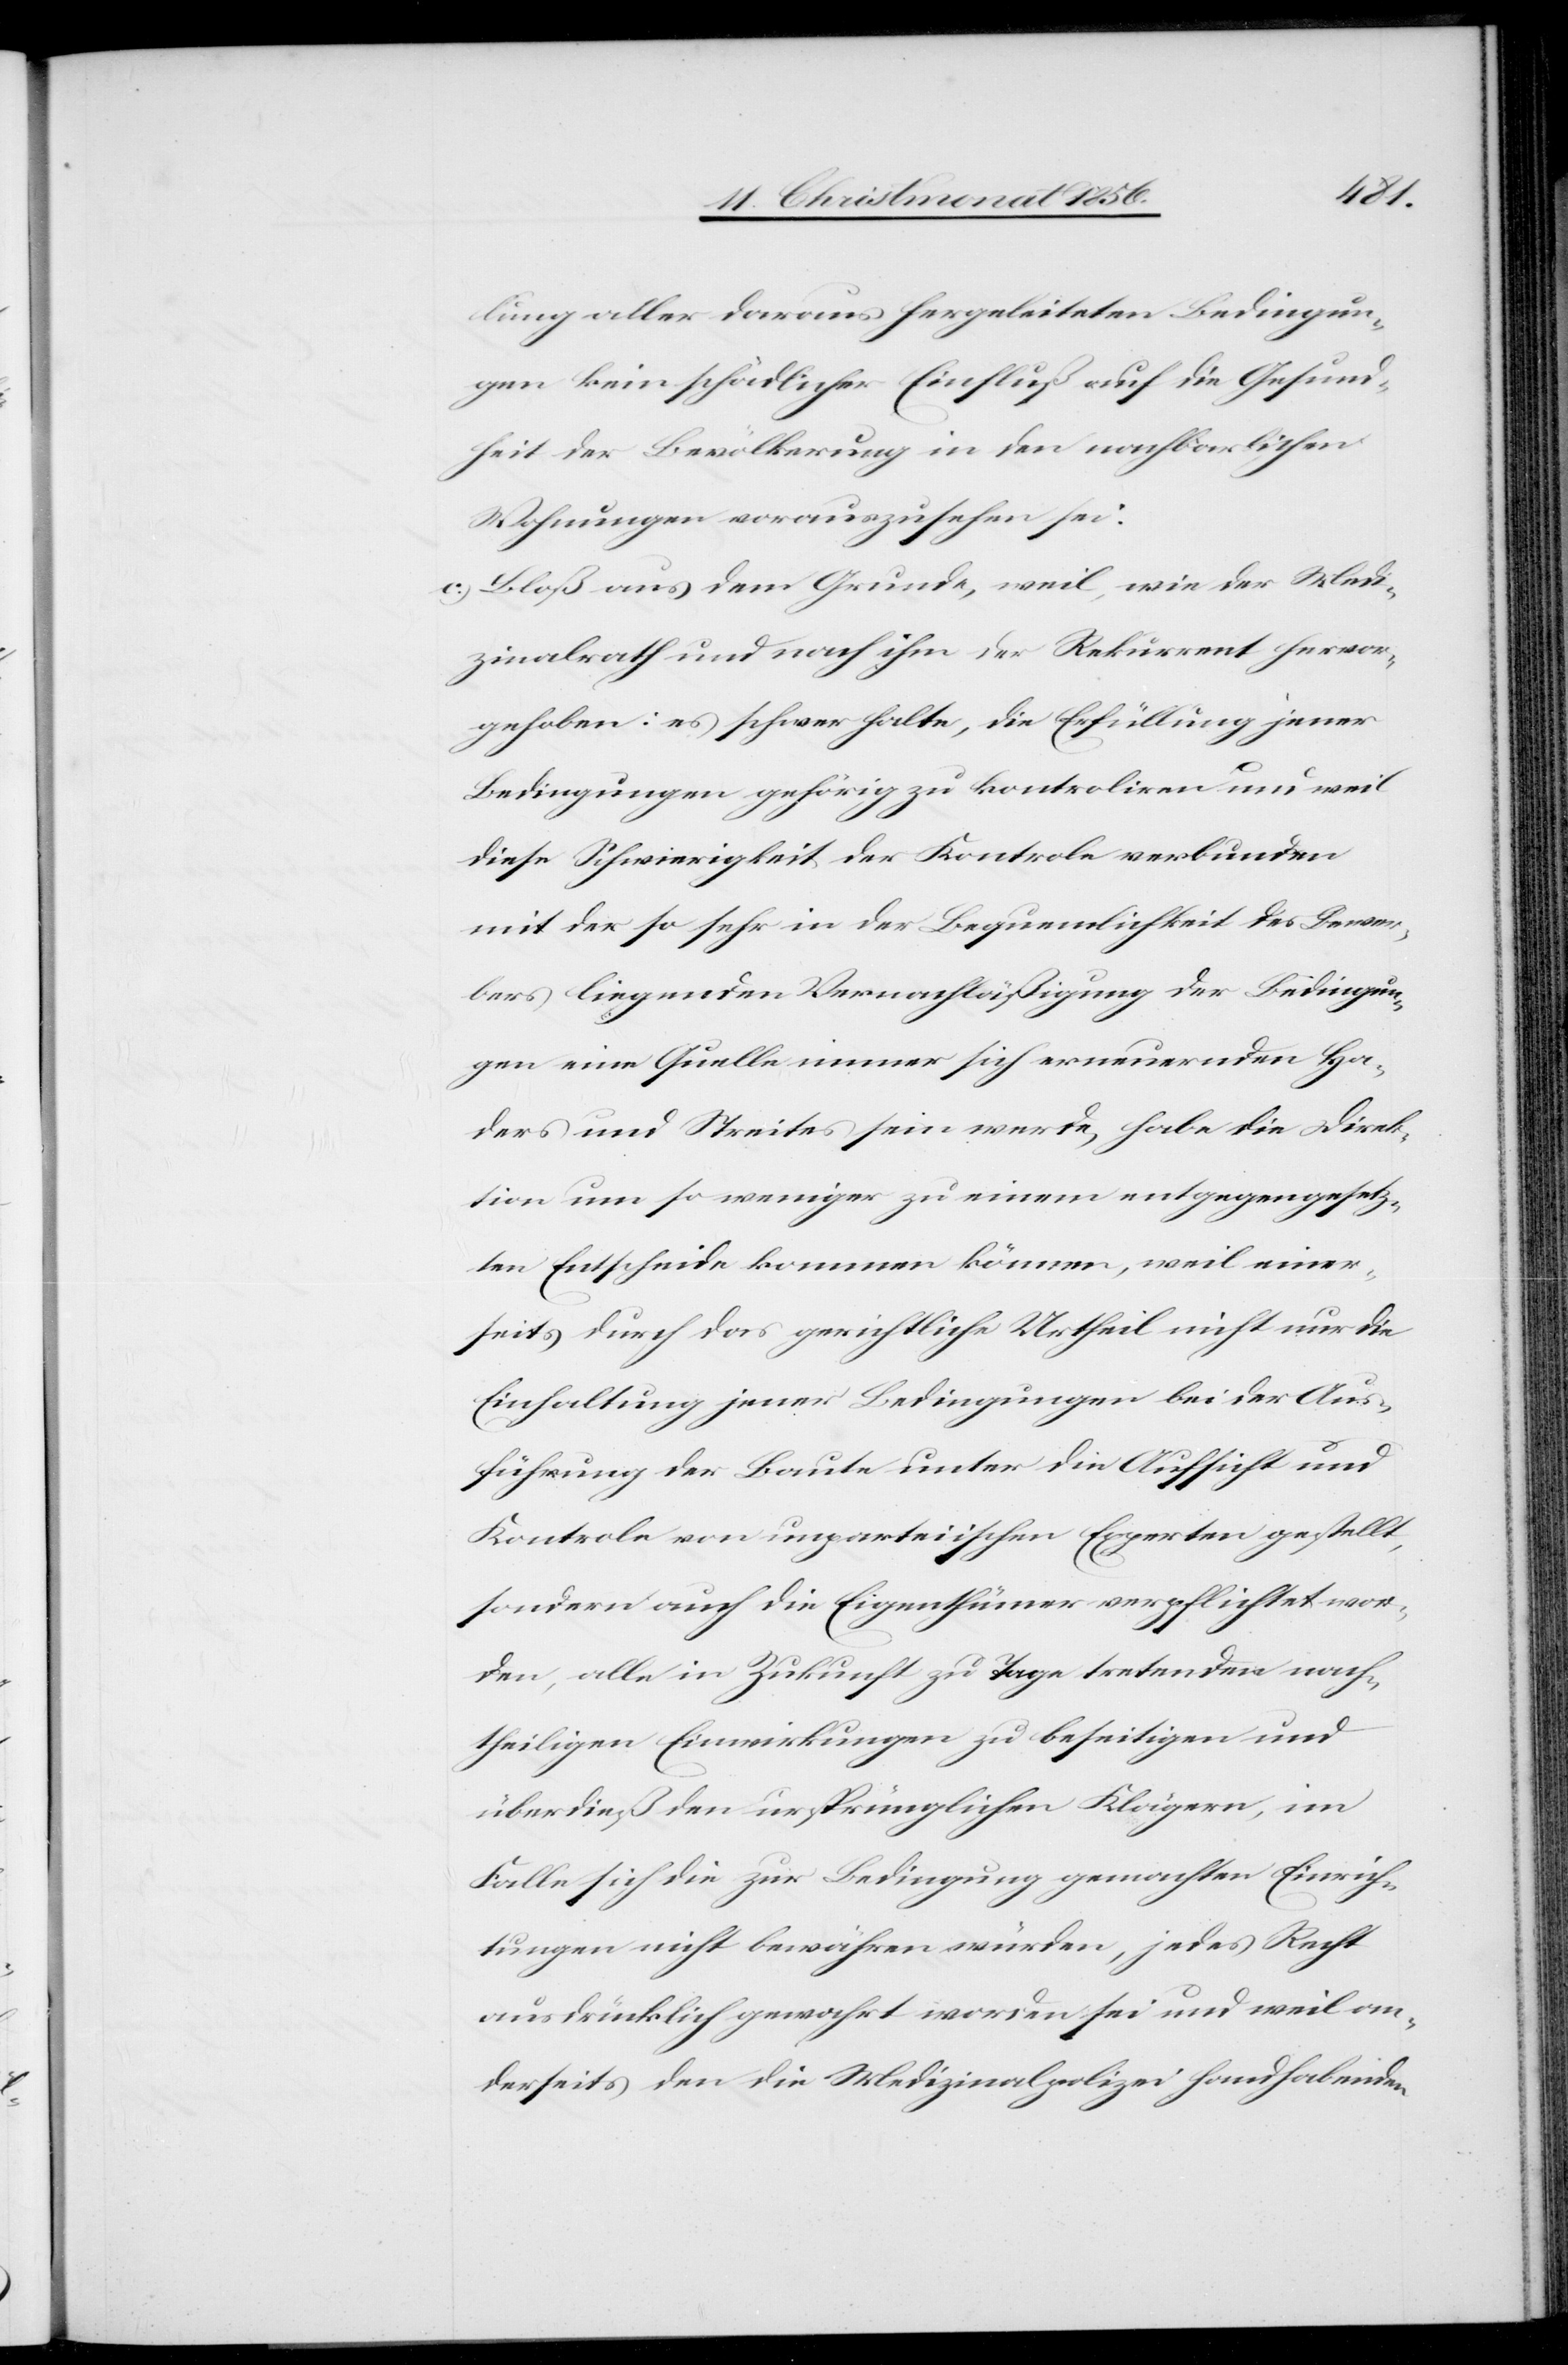
lung aller daraus hergeleiteten Bedingun¬
gen kein schädlicher Einfluß auf die Gesund¬
heit der Bevölkerung in den nachbarlichen
Wohnungen vorauszusehen sei.
c.) Bloß aus dem Grunde, weil, wie der Medi¬
zinalrath und nach ihm der Rekurrent hervor¬
gehoben: es schwer halte, die Erfüllung jener
Bedingungen gehörig zu kontroliren und weil
diese Schwierigkeit der Kontrole verbunden
mit der so sehr in der Bequemlichkeit des Bewer¬
bers liegenden Vernachläßigung der Bedingun¬
gen eine Quelle immer sich erneuernden Ha¬
ders und Streites sein werde, habe die Direk¬
tion um so weniger zu einem entgegengesetz¬
ten Entscheide kommen können, weil einer¬
seits durch das gerichtliche Urtheil nicht nur die
Einhaltung jener Bedingungen bei der Aus¬
führung der Baute unter die Aufsicht und
Kontrole von unparteiischen Experten gestellt,
sondern auch die Eigenthümer verpflichtet wor¬
den, alle in Zukunft zu Tage tretenden nach¬
theiligen Einwirkungen zu beseitigen und
überdieß den ursprünglichen Klägern, im
Falle sich die zur Bedingung gemachten Einrich¬
tungen nicht bewähren würden, jedes Recht
ausdrücklich gewahrt worden sei und weil an¬
derseits den die Medizinalpolizei handhabenden